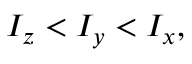
I _ { z } < I _ { y } < I _ { x } ,